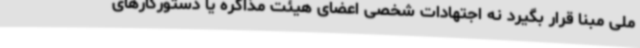
ملی مبنا قرار بگیرد نه اجتهادات شخصی اعضای هیئت مذاکره یا دستورکارهای